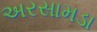
અરસામડા